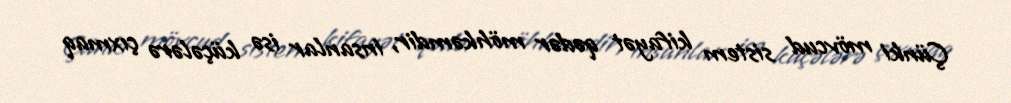
Çünki mövcud sistem kifayət qədər möhkəmdir, insanlar isə küçələrə çıxmaq